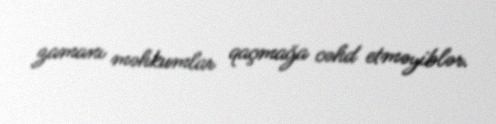
zamanı məhkumlar qaçmağa cəhd etməyiblər.